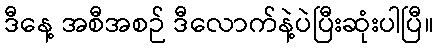
ဒီနေ့ အစီအစဉ် ဒီလောက်နဲ့ပဲပြီးဆုံးပါပြီ။